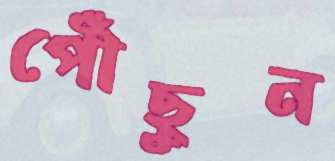
পৌঁছুন